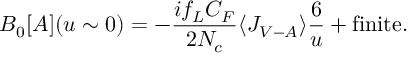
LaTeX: B _ { 0 } [ { \cal A } ] ( u \sim 0 ) = - \frac { i f _ { L } C _ { F } } { 2 N _ { c } } \langle J _ { V - A } \rangle \frac { 6 } { u } + \mathrm { f i n i t e } .